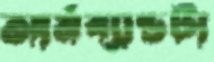
আর্মব্যান্ডটা